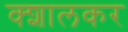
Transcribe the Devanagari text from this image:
क्शालकर